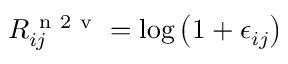
R _ { i j } ^ { \mathrm { ~ n ~ 2 ~ v ~ } } = \log \left( 1 + \epsilon _ { i j } \right)